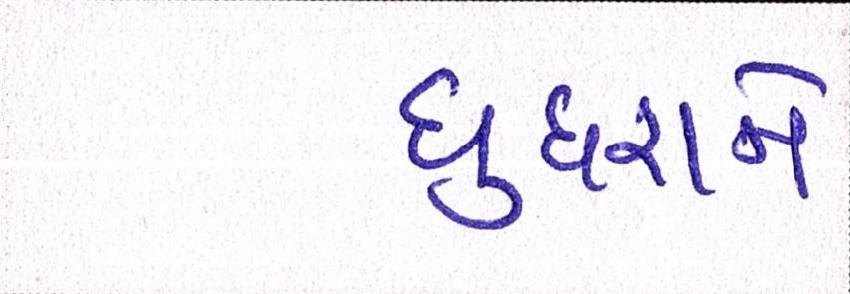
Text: ઘુઘરાને